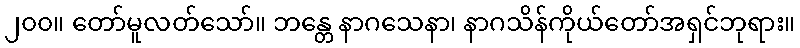
၂၀၀။ တော်မူလတ်သော်။ ဘန္တေ နာဂသေနာ၊ နာဂသိန်ကိုယ်တော်အရှင်ဘုရား။